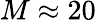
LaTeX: M\approx 20